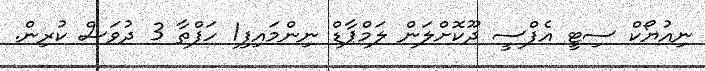
ނިއުޔޯކް ސިޓީ އެފްސީ ދޫކޮށްލަން ލަމްޕާޑް ނިންމައިފި1 ހަފްތާ 3 ދުވަސް ކުރިން.